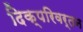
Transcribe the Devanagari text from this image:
दिक्परिवर्तन